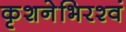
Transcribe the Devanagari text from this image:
कृशनेभिरश्वं